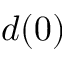
d ( 0 )